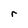
Character: r